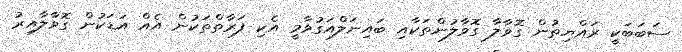
ސަބަބަކީ ރައްޔިތުން ގޮވާލާ ގޮވާލުންތަކާއި ބައިނަލްއަގުވާމީ އެކި ފަރާތްތަކުން އެއް އަޑަކުން ގޮވާލާއިރު